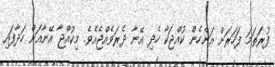
ފުރަތަމަ ފަހަރަށް އަންހެން ކުއްޖަކާ ހެދި އޭނާ ދެރަވެއްޖެއެވެ. މިކުއްޖާ އޭނާއަށް ހަދާފައި